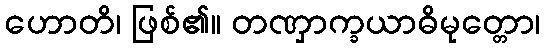
ဟောတိ၊ ဖြစ်၏။ တဏှာက္ခယာဓိမုတ္တော၊